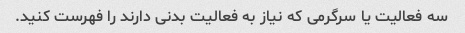
سه فعالیت یا سرگرمی که نیاز به فعالیت بدنی دارند را فهرست کنید.